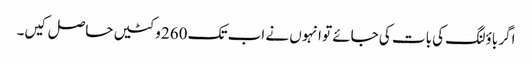
اگر باؤلنگ کی بات کی جائے تو انہوں نے اب تک 260 وکٹیں حاصل کیں۔